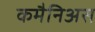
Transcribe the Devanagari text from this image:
कमैनिअस